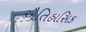
ઐતિહાસિક